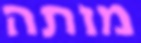
מותה